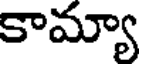
కామ్యా